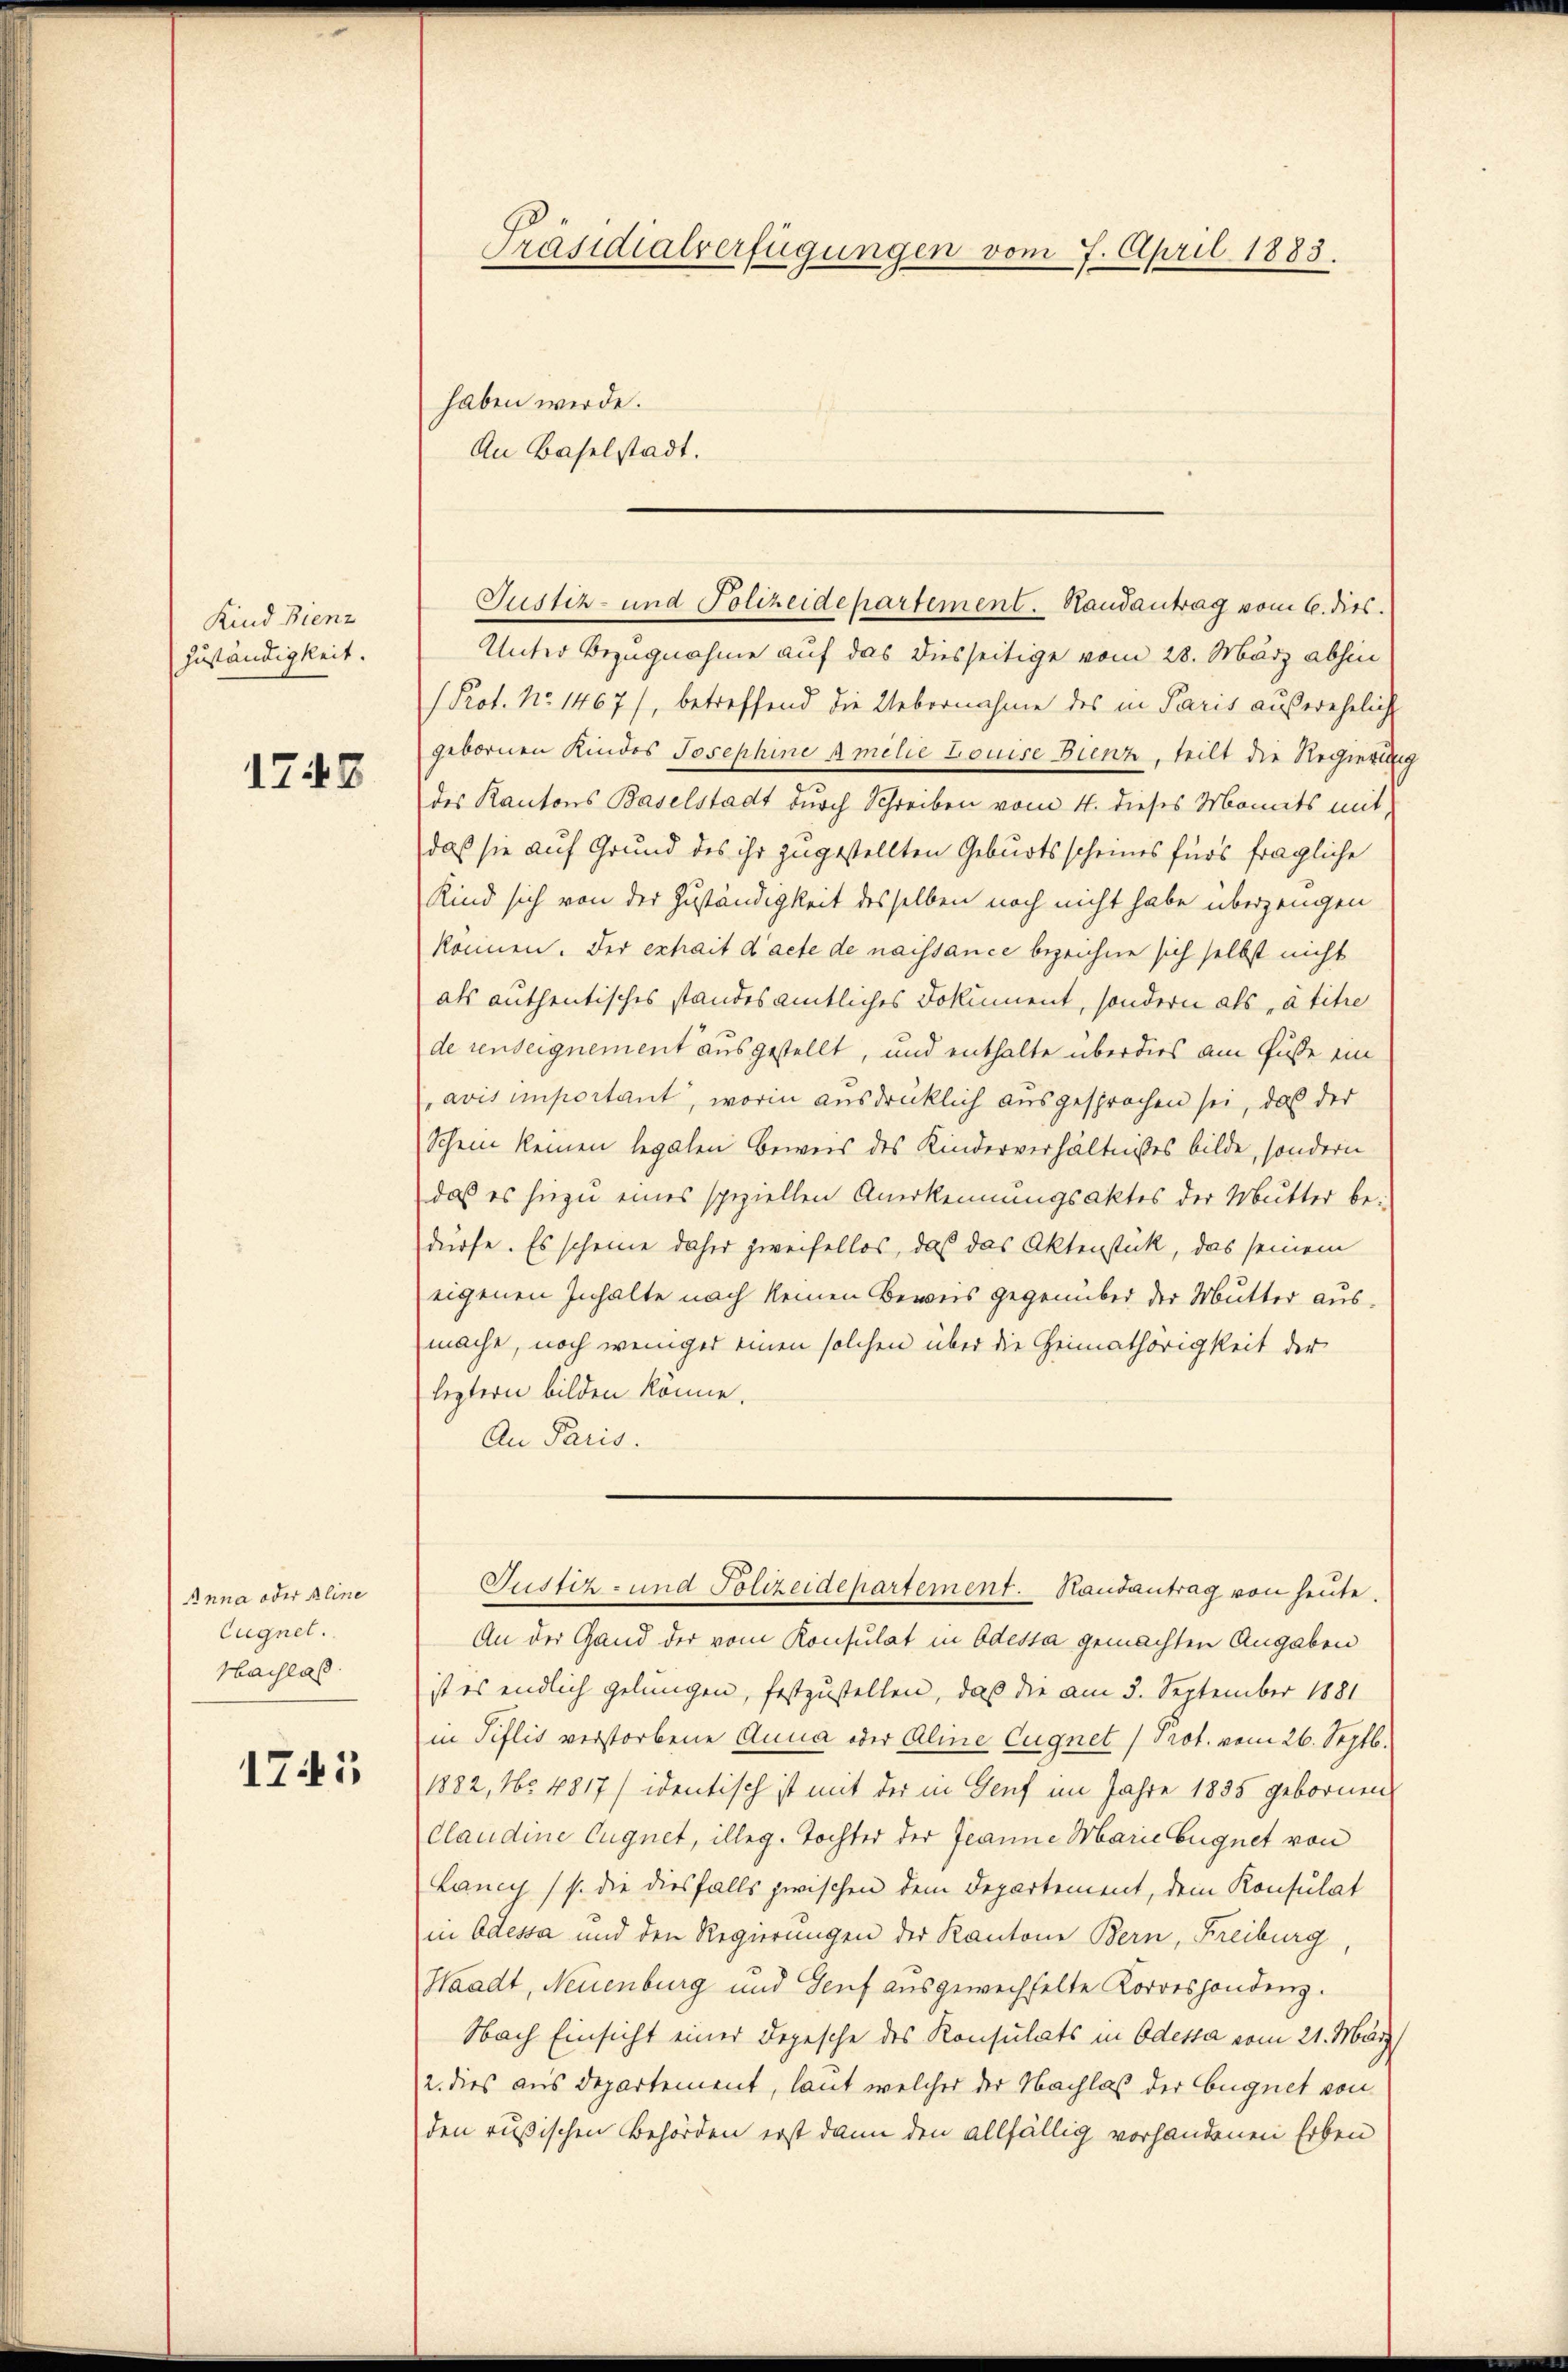
Kind Bienz
Zuständigkeit.

1748

Anna oder Aline
Eugnet.
Hachlaß

1745

Präsidialverfügungen vom 7. April 1883.
haben werde.
An Baselstadt.

Unter Bezugnahme auf das diesseitige vom 28. März abhin
Prot. No. 1467), betreffend die Uebernahme des in Paris außerehelich
gebornen Kindes Josephine Amelie Louise Bienz, teilt die Regierun
des Kantons Baselstadt durch Schreiben vom 4. dieses Monats mit,
daß sie auf Grund des ihr zugestellten Geburtsscheines fürs fragliche
Kind sich von der Zuständigkeit desselben noch nicht habe überzeugen
können. Der exhait d’acte de naissance bezeichne sich selbst nicht
als authentisches standes amtliches Dokument, sondern als „à titre
de renseignement ausgestellt, und enthalte überdies am Fuße ein
avis important, worin ausdrücklich ausgesprochen sei, daß der
Schein keinen legalen Beweis des Kinderverhältnißes bilde, sondern
daß es hiezu eines speziellen Anerkennungsaktes der Mutter be-
dürfe. Es scheine daher zweifellos, daß das Aktenstück, das seinem
eigenen Inhalte nach keinen Beweis gegenüber der Mutter ausmache, noch weniger einen solchen über die Heimathörigkeit der
leztern bilden könne.
An Paris.
Justiz- und Polizeidepartement. Randantrag von heute.
An der Gand der vom Konsulat in Odessa gemachten Angaben
ist es endlich gelungen, festzustellen, daß die am 3. September 1881
in Pislis verstorbene Anna oder Aline Eugnet) Prot. vom 26. Septb.
1882, No 4817/ identisch ist mit der in Genf im Jahre 1835 gebornen
Claudine Eugnet, illeg. Tochter der Jeanne Marie bugnet von
Lancy (s. die diesfalls zwischen dem Departement, dem Konsulat
in Odessa und den Regierungen der Kantone Bern, Freiburg,
Waadt, Neuenburg und Genf ausgewechselte Korrespondenz.
Nach Einsicht einer Depesche des Konsulats in Odessa vom 21. März
2. dies aus Departement, laut welcher der Nachlaß der Eugnet von
den russischen Behörden erst dann den allfällig vorhandenen Erben

Justiz- und Polizeidepartement. Handantrag vom 6. dies.